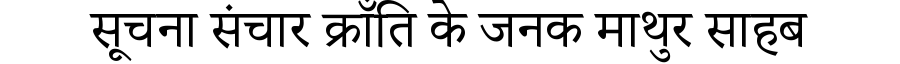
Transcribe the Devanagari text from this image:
सूचना संचार क्राँति के जनक माथुर साहब